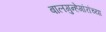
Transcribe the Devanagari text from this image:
बालगुन्हेगांरांच्या